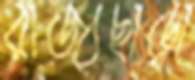
রাজ্যছাড়া